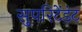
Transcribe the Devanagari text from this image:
सुपरिटेंडंट